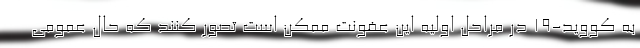
به کووید-۱۹ در مراحل اولیه این عفونت ممکن است تصور کنند که حال عمومی